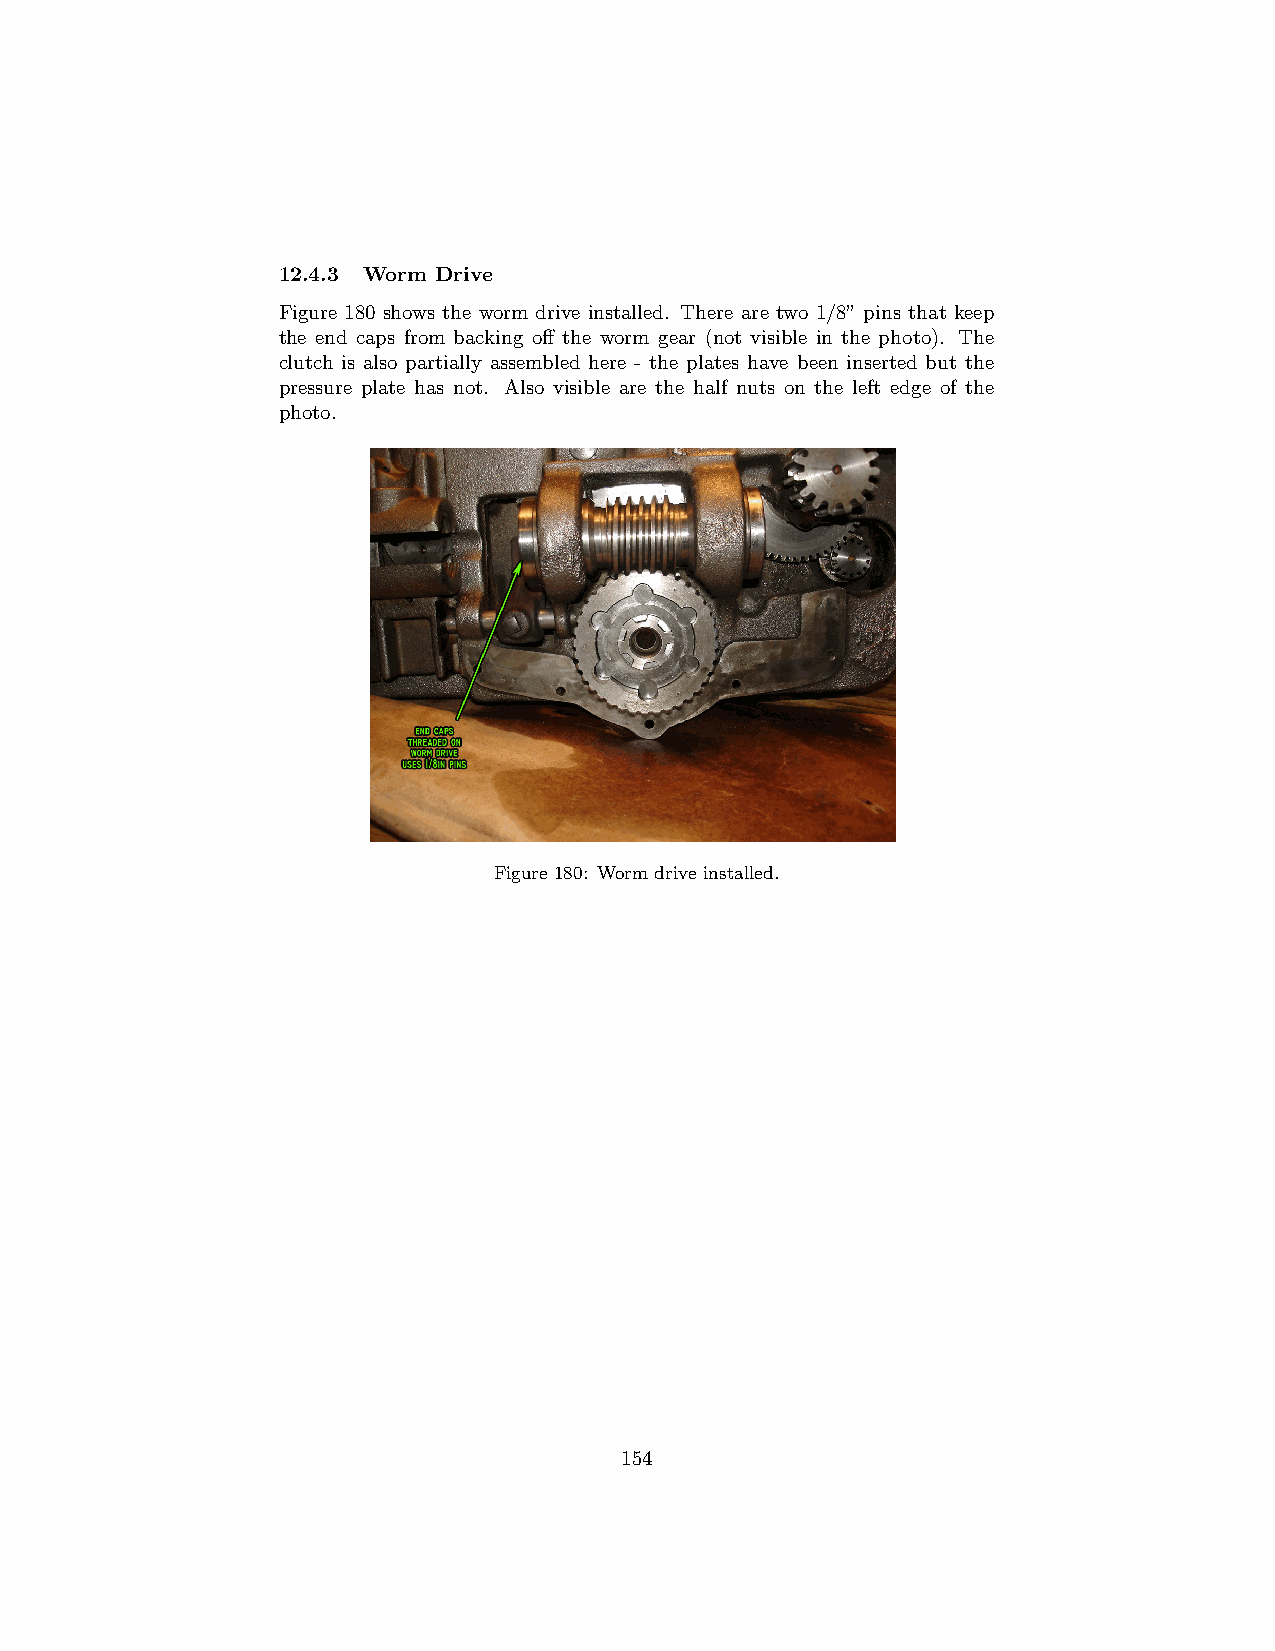
12.4.3 Worm Drive
 Figure 180 shows the worm drive installed. There are two 1/8” pins that keep
 the end caps from backing off the worm gear (not visible in the photo). The
 clutch is also partially assembled here - the plates have been inserted but the
 pressure plate has not. Also visible are the half nuts on the left edge of the
 photo.
 Figure 180: Worm drive installed.
 154